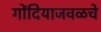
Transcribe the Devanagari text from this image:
गोंदियाजवळचे